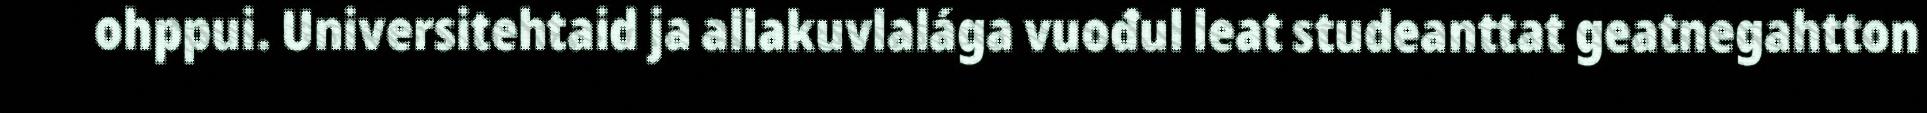
ohppui. Universitehtaid ja allakuvlalága vuođul leat studeanttat geatnegahtton